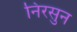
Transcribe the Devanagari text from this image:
निरसुन